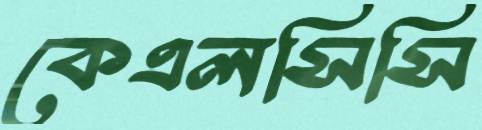
কেএলসিসি